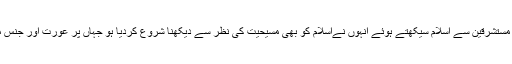
یاکہیں ایسا تو نہیں کہ مستشرقین سے اسلام سیکھتے ہوئے انہوں نےاسلام کو بھی مسیحیت کی نظر سے دیکھنا شروع کردیا ہو جہاں پر عورت اور جنس مجبوری کے گناہ ہیں؟